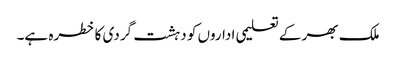
ملک بھر کے تعلیمی اداروں کو دہشت گردی کا خطرہ ہے۔